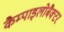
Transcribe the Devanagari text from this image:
कैम्पाइलोबैक्टर